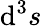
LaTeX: \mathrm{d}^{3}{s}